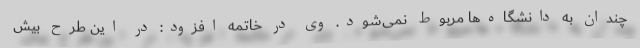
چندان به دانشگاه‌ها مربوط نمی‌شود. وی در خاتمه افزود: در این طرح بیش